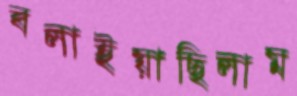
বলাইয়াছিলাম